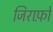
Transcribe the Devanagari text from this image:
जिराफ़ों